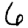
Digit: 6